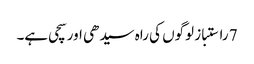
7 راستباز لوگوں کی راہ سیدھی اور سچی ہے۔